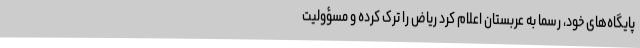
پایگاه‌های خود، رسما به عربستان اعلام کرد ریاض را ترک کرده و مسؤولیت